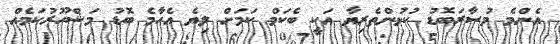
އެންމެ މުސާރަބޮޑު ކުޅުންތެރިޔާ އަކީ ބެކަމް ކަމަށް ލިޔެ އެހާމެ ބޮޑު މަޝްހޫރުކަމެއް